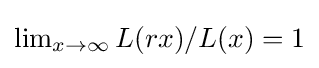
{\textstyle \lim _{x\to \infty }L(rx)/L(x)=1}